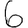
Digit: 6